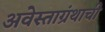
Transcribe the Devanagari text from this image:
अवेस्ताग्रंथाची